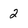
Character: 2